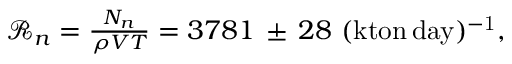
\begin{array} { r } { \mathcal { R } _ { n } = \frac { N _ { n } } { \rho V T } = 3 7 8 1 \, \pm \, 2 8 \, \, \mathrm { { ( k t o n \, d a y ) ^ { - 1 } } , } } \end{array}